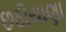
છઠીયાણા